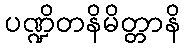
ပဏ္ဍိတနိမိတ္တာနိ